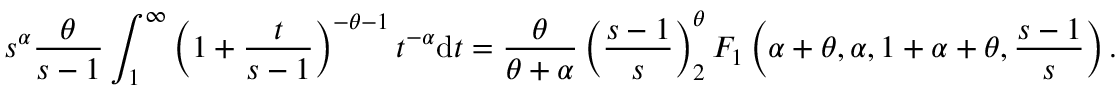
s ^ { \alpha } \frac { \theta } { s - 1 } \int _ { 1 } ^ { \infty } \left( 1 + \frac { t } { s - 1 } \right) ^ { - \theta - 1 } t ^ { - \alpha } \mathrm { d } t = \frac { \theta } { \theta + \alpha } \left( \frac { s - 1 } { s } \right) ^ { \theta } _ { 2 } F _ { 1 } \left( \alpha + \theta , \alpha , 1 + \alpha + \theta , \frac { s - 1 } { s } \right) .